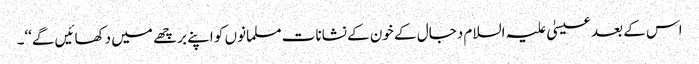
اس کے بعد عیسیٰ علیہ السلام دجال کے خون کے نشانات مسلمانوں کو اپنے برچھے میں دکھائیں گے‘‘۔